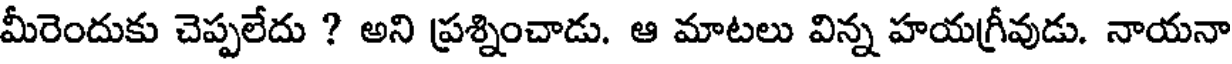
మీరెందుకు చెప్పలేదు ? అని ప్రశ్నించాడు. ఆ మాటలు విన్న హయగ్రీవుడు. నాయనా